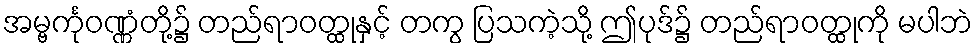
အမ္ဗင်္ကုဝဏ္ဏံတို့၌ တည်ရာဝတ္ထုနှင့် တကွ ပြသကဲ့သို့ ဤပုဒ်၌ တည်ရာဝတ္ထုကို မပါဘဲ